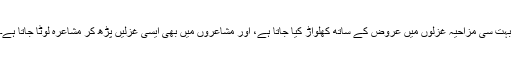
بہت سی مزاحیہ غزلوں میں عروض کے ساتھ کھلواڑ کیا جاتا ہے، اور مشاعروں میں بھی ایسی غزلیں پڑھ کر مشاعرہ لوٹا جاتا ہے۔